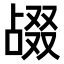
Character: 𫧴